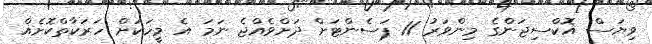
ވިޔަސް އޮކްސިޖަންގެ މިންވަރު 11 ޕަސެންޓަށް ދަށްވެއްޖެ ނަމަ އެ މީހަކަށް ހަރަކާތްކޮށެއް